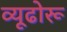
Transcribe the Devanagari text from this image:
व्यूढोरू